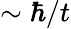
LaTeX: \sim\hbar/t